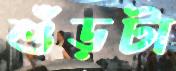
শুঁড়টা